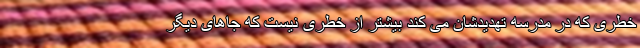
خطری که در مدرسه تهدیدشان می کند بیشتر از خطری نیست که جاهای دیگر